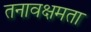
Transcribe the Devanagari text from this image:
तनावक्षमता